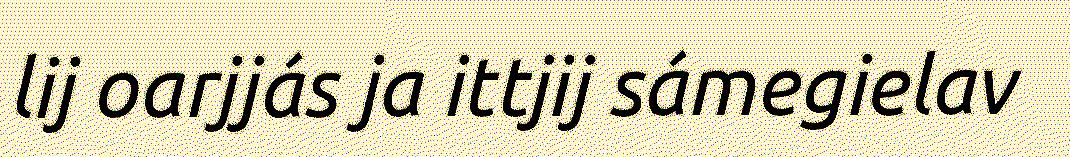
lij oarjjás ja ittjij sámegielav